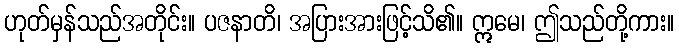
ဟုတ်မှန်သည်အတိုင်း။ ပဇနာတိ၊ အပြားအားဖြင့်သိ၏။ ဣမေ၊ ဤသည်တို့ကား။